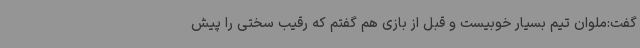
گفت:ملوان تیم بسیار خوبیست و قبل از بازی هم گفتم که رقیب سختی را پیش